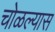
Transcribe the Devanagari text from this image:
चोळल्यास